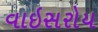
વાઇસરોય